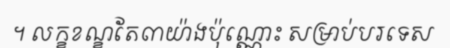
។ លក្ខខណ្ខតែ៣យ៉ាងប៉ុណ្ណោះ សម្រាប់បរទេស